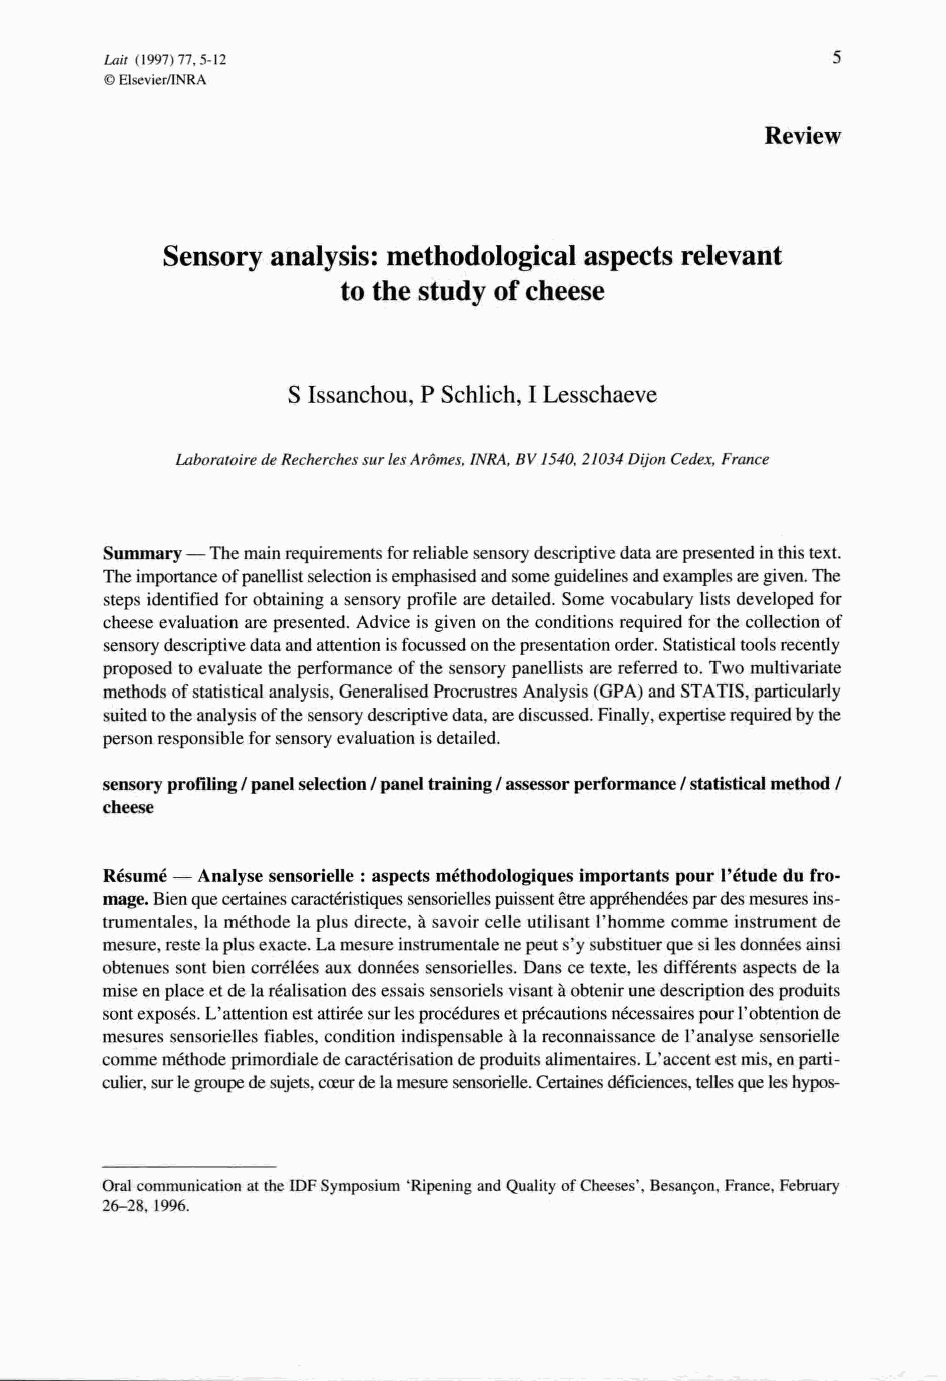
Lait (1997) 77, 5-12                            5
 ©Elscvier/Iblk.A
 Review
 Sensory analysis: methodological aspects relevant
 to the study of cheese
 S Issanchou, P Schlich, 1Lesschaeve
 Laboratoire deRecherches sur lesArômes, INRA, BV 1540, 2/034 Dijon Cedex, France
 Summary - The main requirements for reliable sensory descriptive data arepresented inthis text.
 The importance ofpanellist selection isemphasised and sorne guidelines andexamples aregiven. The
 steps identified for obtaining a sensory profile are detailed. Sorne vocabulary lists developed for
 cheese evaluation are presented. Advice is given on the conditions required for the collection of
 sensory descriptive data and attention isfocussed onthepresentation order. Statistical tools recently
 proposed to evaluate the performance of the sensory panellists are referred to. Two multivariate
 methods of statistical analysis, Generalised Procrustres Analysis (GPA) and STATIS, particularly
 suited totheanalysis ofthe sensory descriptive data, arediscussed. Finally, expertise required bythe
 person responsible for sensory evaluation isdetailed.
 sensory profiling /panel selection /panel training /assessor performance /statistical method /
 cheese
 Résumé - Analyse sensorielle: aspects méthodologiques importants pour l'étude du fro-
 mage. Bien que certaines caractéristiques sensorielles puissent être appréhendées pardes mesures ins-
 trumentales, la méthode la plus directe, à savoir celle utilisant l'homme comme instrument de
 mesure, reste laplus exacte. La mesure instrumentale ne peut s'y substituer que silesdonnées ainsi
 obtenues sont bien corrélées aux données sensorielles. Dans ce texte, les différents aspects de la
 mise en place et de laréalisation des essais sensoriels visant àobtenir une description des produits
 sont exposés. L'attention est attirée surlesprocédures etprécautions nécessaires pour l'obtention de
 mesures sensorielles fiables, condition indispensable à la reconnaissance de l'analyse sensorielle
 comme méthode primordiale de caractérisation deproduits alimentaires. L'accent est mis, en parti-
 culier, surlegroupe desujets, cœur delamesure sensorielle. Certaines déficiences, tellesque leshypos-
 Oral communication at the IDF Symposium 'Ripening and Quality of Cheeses', Besançon, France, February
 26-28, 1996.